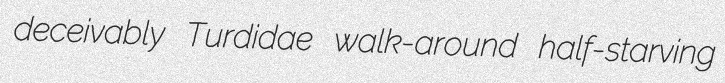
deceivably Turdidae walk-around half-starving